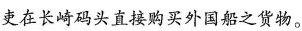
吏在长崎码头直接购买外国船之货物。